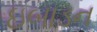
ઇબાડન